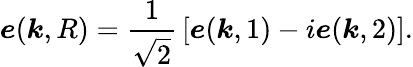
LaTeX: {\boldsymbol{e}}({\boldsymbol{k}},R)={\frac{1}{\sqrt{2}}}\left[{\boldsymbol{e}}({\boldsymbol{k}},1)-i{\boldsymbol{e}}({\boldsymbol{k}},2)\right].